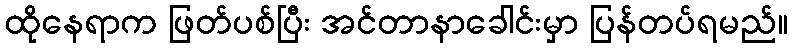
ထိုနေရာက ဖြတ်ပစ်ပြီး အင်တာနာခေါင်းမှာ ပြန်တပ်ရမည်။